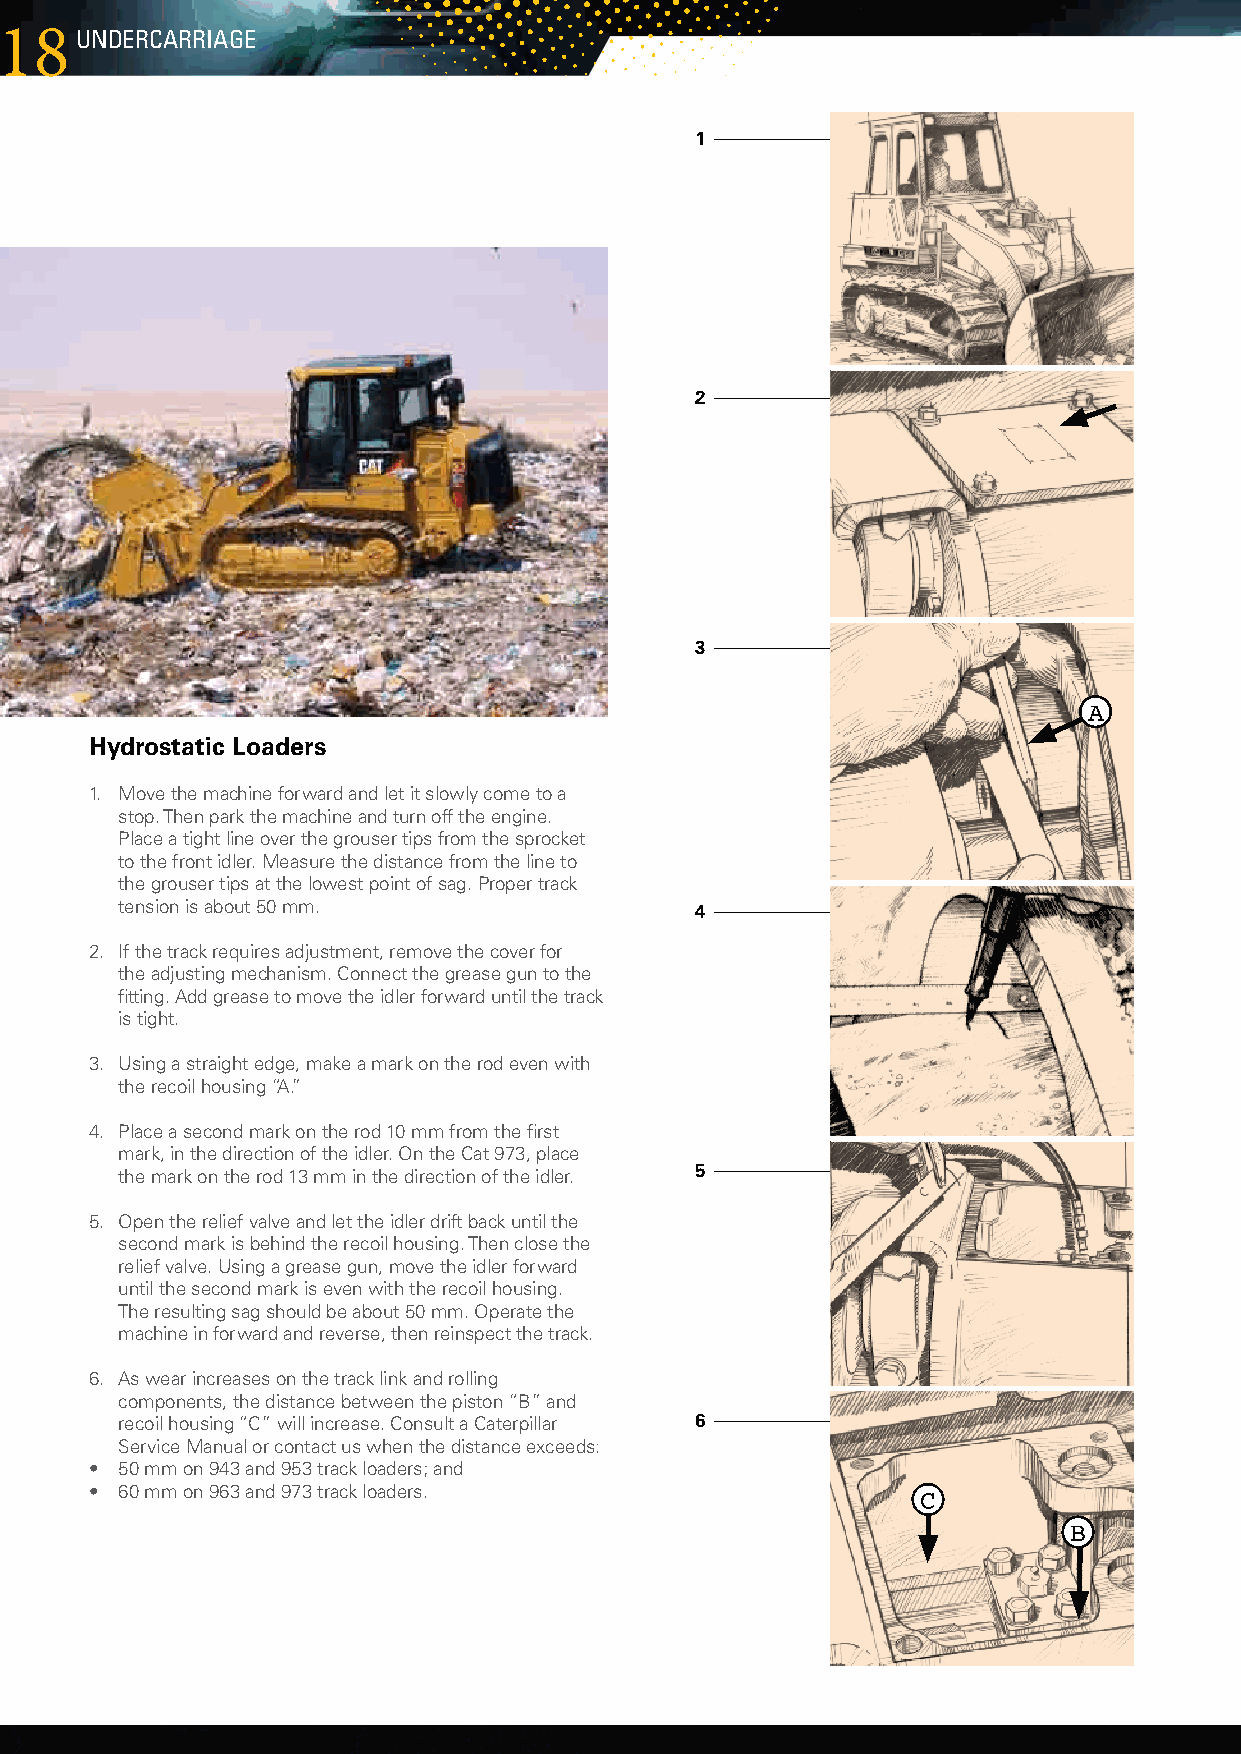
1188unDERcARRIAgE
 1
 2
 3
 A
 Hydrostatic Loaders
 1. Movethemachineforwardandletitslowlycometoa
 stop.Thenparkthemachineandturnofftheengine.
 Placeatightlineoverthegrousertipsfromthesprocket
 tothefrontidler.Measurethedistancefromthelineto
 thegrousertipsatthelowestpointofsag.Propertrack
 tensionisabout50mm.               4
 2. Ifthetrackrequiresadjustment,removethecoverfor
 theadjustingmechanism.Connectthegreaseguntothe
 fitting.Addgreasetomovetheidlerforwarduntilthetrack
 istight.
 3. Usingastraightedge,makeamarkontherodevenwith
 therecoilhousing“A.”
 4. Placeasecondmarkontherod10mmfromthefirst
 mark,inthedirectionoftheidler.OntheCat973,place
 themarkontherod13mminthedirectionoftheidler. 5
 5. Openthereliefvalveandlettheidlerdriftbackuntilthe
 secondmarkisbehindtherecoilhousing.Thenclosethe
 reliefvalve.Usingagreasegun,movetheidlerforward
 untilthesecondmarkisevenwiththerecoilhousing.
 Theresultingsagshouldbeabout50mm.Operatethe
 machineinforwardandreverse,thenreinspectthetrack.
 6. Aswearincreasesonthetracklinkandrolling
 components,thedistancebetweenthepiston“B”and
 recoilhousing“C”willincrease.ConsultaCaterpillar 6
 ServiceManualorcontactuswhenthedistanceexceeds:
 • 50mmon943and953trackloaders;and
 • 60mmon963and973trackloaders.
 C
 B